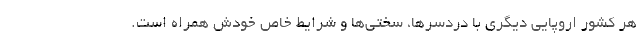
هر کشور اروپایی دیگری با دردسرها، سختی‌ها و شرایط خاص خودش همراه است.